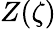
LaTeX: Z(\zeta)